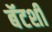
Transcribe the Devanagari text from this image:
बॅटशी